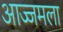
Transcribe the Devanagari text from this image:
आज्जमला